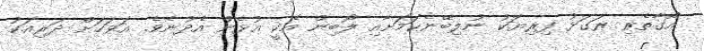
އޯގާތެރި ރަގަޅު ފިރިޔަކު ނުލިބޭނެކަމަށާއި ލޯބިން އެކީ އުޅެން އެދުނެވެ. އަވަހަށް ދަރިއަކު